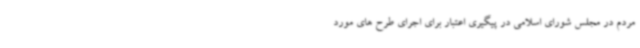
مردم در مجلس شورای اسلامی در پیگیری اعتبار برای اجرای طرح های مورد